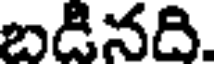
బడినది.